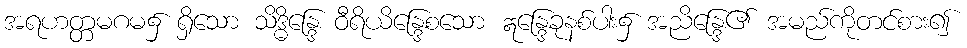
အရဟတ္တမဂမ၌ ရှိသော သိဒ္ဓိန္ဒြေ ဝီရိယိန္ဒြေစသော ဣန္ဒြေခုနစ်ပါး၌ အညိန္ဒြေ၏ အမည်ကိုတင်စား၍